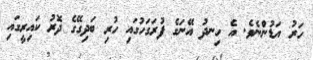
ހަރު އަޑުންނެވެ. އެ ހިނދު އޭނަގެ ފުރަގަހުގައި ހުރި ބަދިގޭގެ ދޮރު ކައިރީގައި